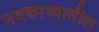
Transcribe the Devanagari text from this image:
नवकाव्यातील